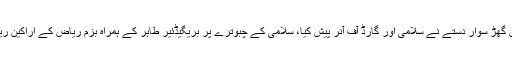
بریگیڈئیر طاہر گلزار ملک کو بزمِ ریاض کے سرحان مصطفی کی قیادت میں گھڑ سوار دستے نے سلامی اور گارڈ آف آنر پیش کیا، سلامی کے چبوترے پر بریگیڈئیر طاہر کے ہمراہ بزمِ ریاض کے اراکین ریاض راٹھور، تصدق گیلانی، وقار نسیم وامقؔ اور تنویر میاں بھی موجود تھے۔